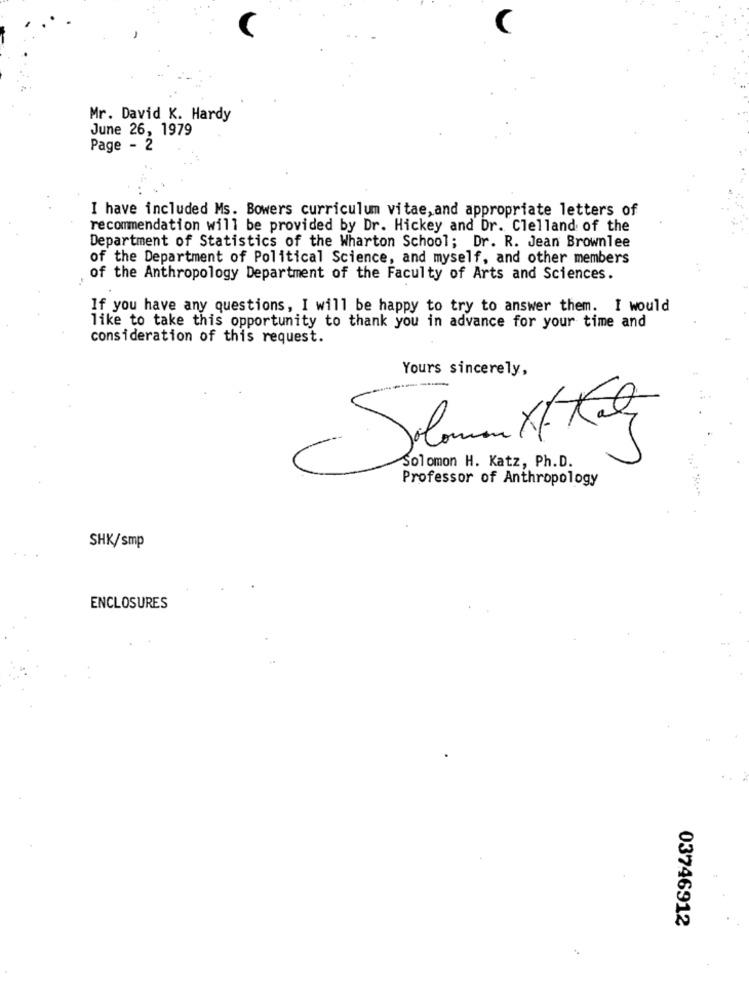
Mr. David K. Hardy
June 26, 1979
Page - 2
I have included Ms. Bowers curriculum vitae, and appropriate letters of
recommendation will be provided by Dr. Hickey and Dr. Clelland of the
Department of Statistics of the Wharton School; Dr. R. Jean Brownlee
of the Department of Political Science, and myself, and other members
of the Anthropology Department of the Faculty of Arts and Sciences.
If you have any questions, I will be happy to try to answer them. I would
like to take this opportunity to thank you in advance for your time and
consideration of this request.
Yours sincerely,
Solomon H. Katz, Ph.D.
Professor of Anthropology
SHK/smp
ENCLOSURES
03746912